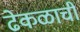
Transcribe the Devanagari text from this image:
ढेकळाची